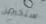
ستخبرين